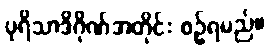
ပုရိသာဒိဂိုဏ်အတိုင်း စဉ်ရမည်။